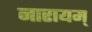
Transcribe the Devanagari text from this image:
नारायम्